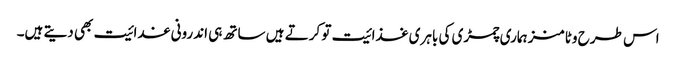
اس طرح وٹامنز ہماری چمڑی کی باہری غذائیت تو کرتے ہیں ساتھ ہی اندرونی غدائیت بھی دیتے ہیں۔